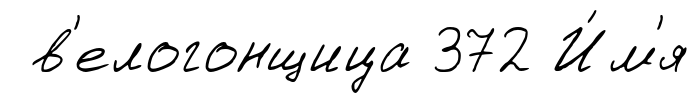
в'елогонщица 372 И́м'я